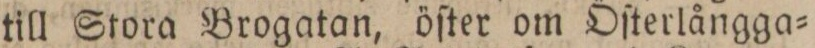
till Stora Brogatan, öſter om Öſterlångga=